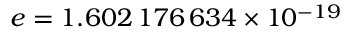
e = 1 . 6 0 2 \, 1 7 6 \, 6 3 4 \times 1 0 ^ { - 1 9 }